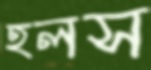
হলস